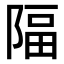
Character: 𨺤